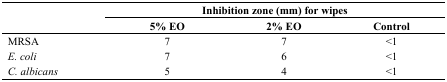
<table><thead><tr><td></td><td colspan="3"><b>Inhibition zone (mm) for wipes</b></td></tr><tr><td></td><td><b>5% EO</b></td><td><b>2% EO</b></td><td><b>Control</b></td></tr></thead><tbody><tr><td>MRSA</td><td>7</td><td>7</td><td>&lt;1</td></tr><tr><td><i>E. coli</i></td><td>7</td><td>6</td><td>&lt;1</td></tr><tr><td><i>C. albicans</i></td><td>5</td><td>4</td><td>&lt;1</td></tr></tbody></table>